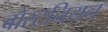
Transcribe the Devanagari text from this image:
बोस्टनियन